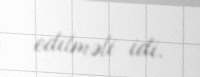
edilməli idi.